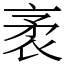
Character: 袤